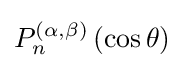
P_{n}^{(\alpha ,\beta )}\left(\cos \theta \right)